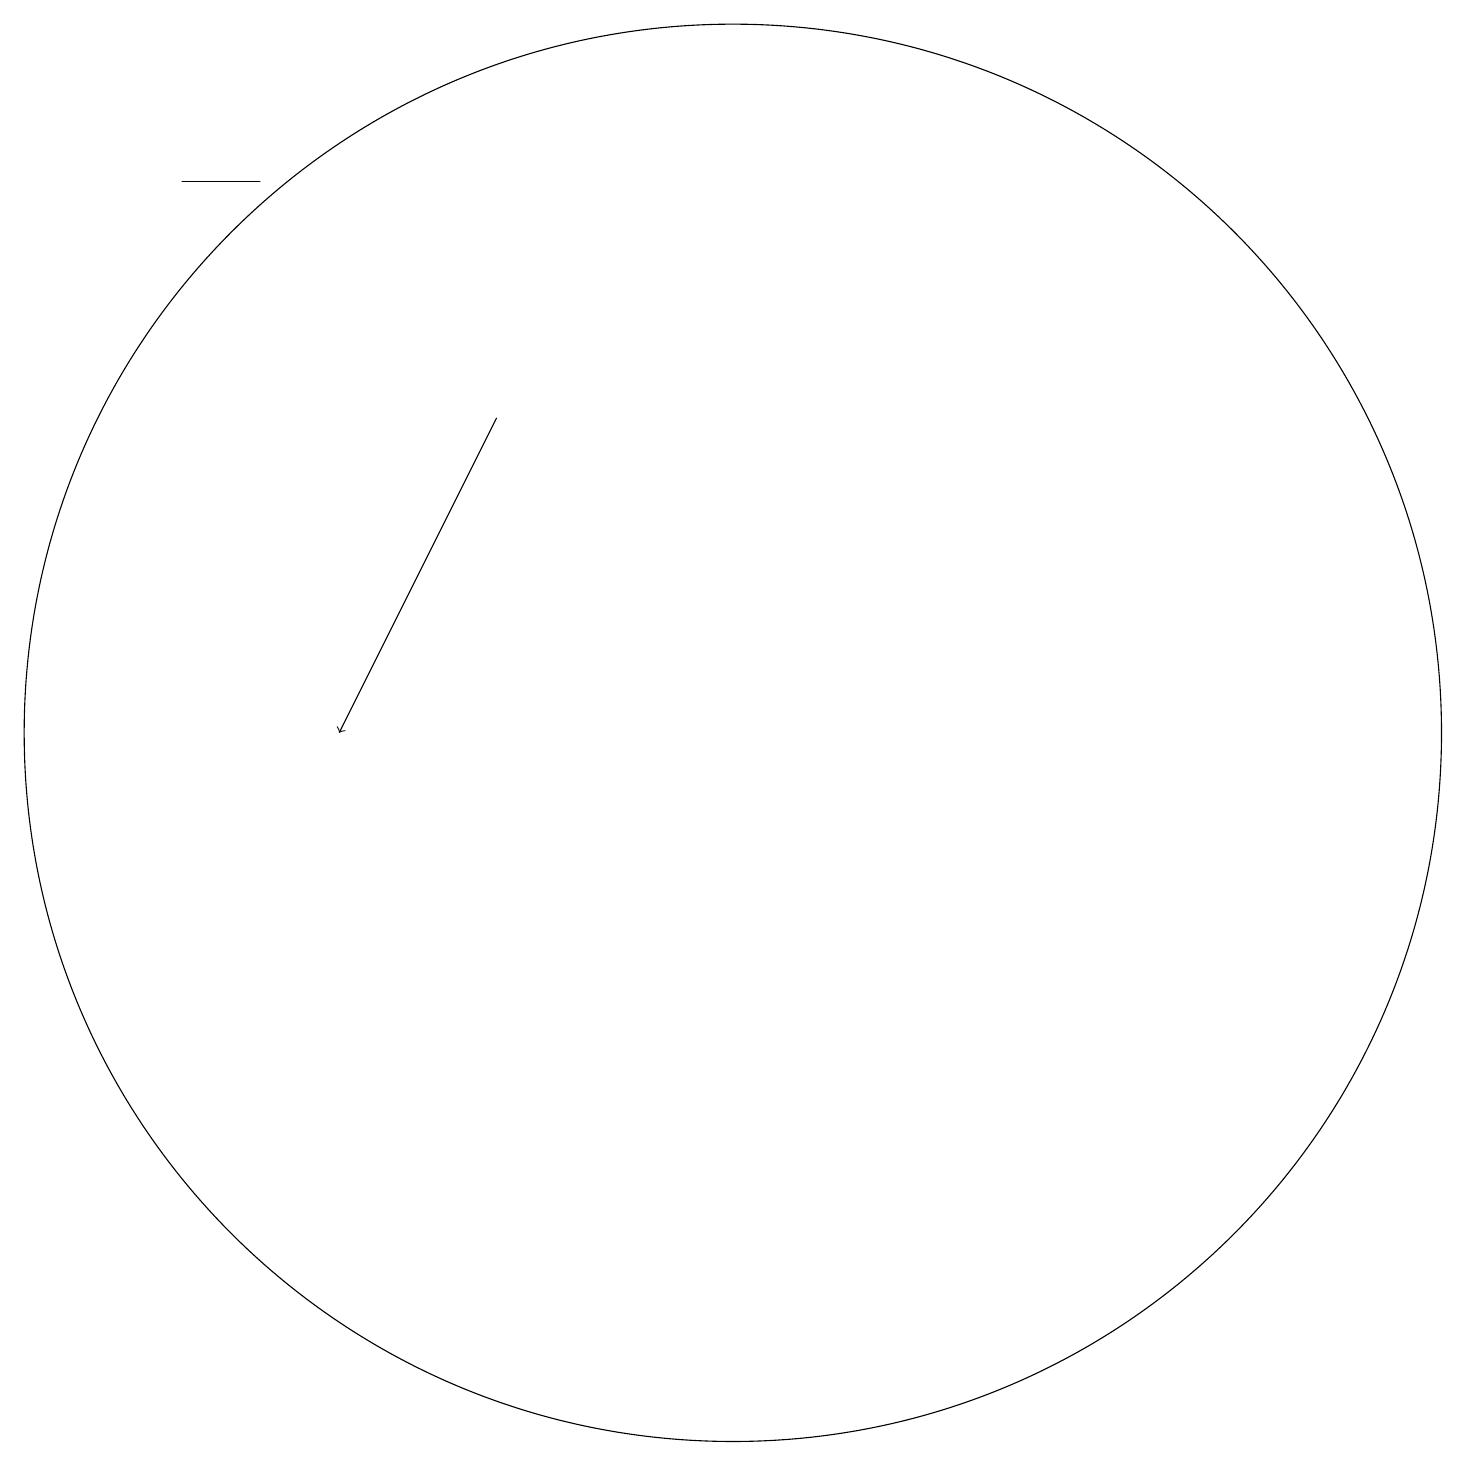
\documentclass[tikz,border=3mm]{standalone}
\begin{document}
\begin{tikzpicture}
\draw[->] (7,16) -- (5,12);
\draw (10,12) circle (9);
\draw (3,19) rectangle (4,19);
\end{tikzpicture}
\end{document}